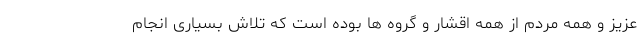
عزیز و همه مردم از همه اقشار و گروه ها بوده است که تلاش بسیاری انجام